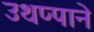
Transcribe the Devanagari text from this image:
उथप्पाने